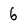
Character: 6